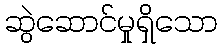
ဆွဲဆောင်မှုရှိသော